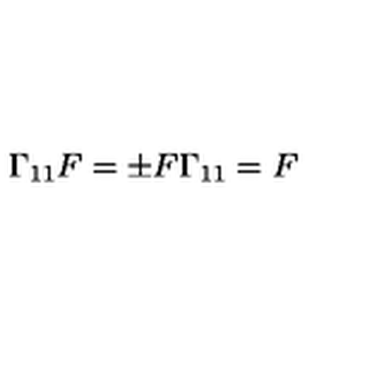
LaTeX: \Gamma _ { 1 1 } F = \pm F \Gamma _ { 1 1 } = F